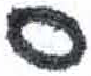
אות: ס